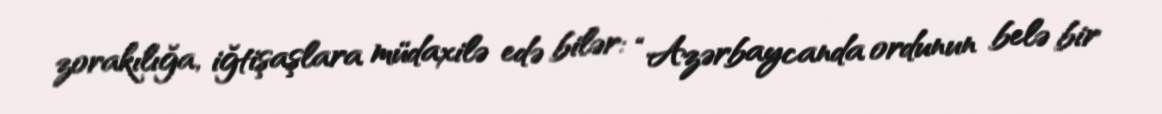
zorakılığa, iğtişaşlara müdaxilə edə bilər: “Azərbaycanda ordunun belə bir